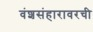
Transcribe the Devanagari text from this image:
वंशसंहारावरची